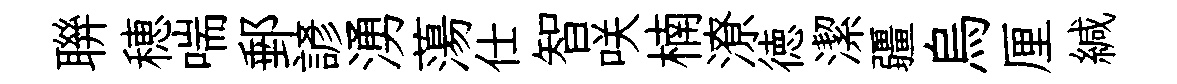
聨穂喘郵諺湧蕩仕智咲楠潦徳潔疆烏厘緘